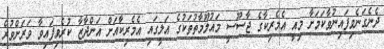
ދެނެގަނެވިފައިނުވާކަމަށާ މިއީ އެމެރިކާގެ ޖާސޫސީ މައުލޫމާތުތަކުގެ އަލީގައި އެމެރިކާއަށް އަންދާޒާ ކުރެވިފައިވާ ވަރަށްވުރެ